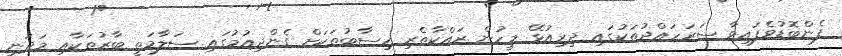
ފެންބޮޑުވެފައިވާ ސަރަހައްދުތަކުގައި ދިރިއުޅޭ މީހުން ރައްކާތެރި ހިސާބުތަކަށް ގެންދިއުމުގައި ސަލާމަތީ ބާރުތަކާއި މަދަނީ